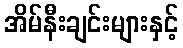
အိမ်နီးချင်းများနှင့်